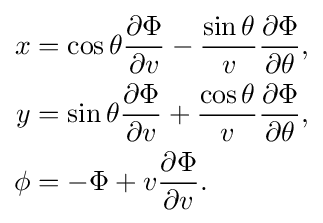
{\begin{aligned}x&=\cos \theta {\frac {\partial \Phi }{\partial v}}-{\frac {\sin \theta }{v}}{\frac {\partial \Phi }{\partial \theta }},\\y&=\sin \theta {\frac {\partial \Phi }{\partial v}}+{\frac {\cos \theta }{v}}{\frac {\partial \Phi }{\partial \theta }},\\\phi &=-\Phi +v{\frac {\partial \Phi }{\partial v}}.\end{aligned}}